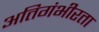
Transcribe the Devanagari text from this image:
अतिगंभीरता